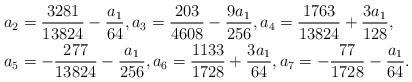
LaTeX: \begin{align*}&a_2 = \frac{3281}{13824} - \frac{a_1}{64}, a_3 = \frac{203}{4608} - \frac{9 a_1}{256},a_4 = \frac{1763}{13824} + \frac{3 a_1}{128}, \\&a_5 = -\frac{277}{13824} - \frac{a_1}{256},a_6 = \frac{1133}{1728} + \frac{3 a_1}{64}, a_7 = -\frac{77}{1728} - \frac{a_1}{64}.\end{align*}